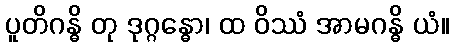
ပူတိဂန္ဓိ တု ဒုဂ္ဂန္ဓော၊ ထ ဝိဿံ အာမဂန္ဓိ ယံ။